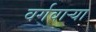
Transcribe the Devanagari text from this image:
वर्गवार्‍या